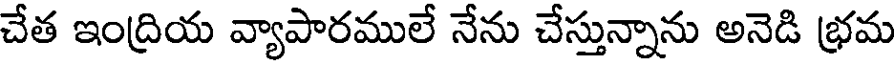
చేత ఇంద్రియ వ్యాపారములే నేను చేస్తున్నాను అనెడి భ్రమ